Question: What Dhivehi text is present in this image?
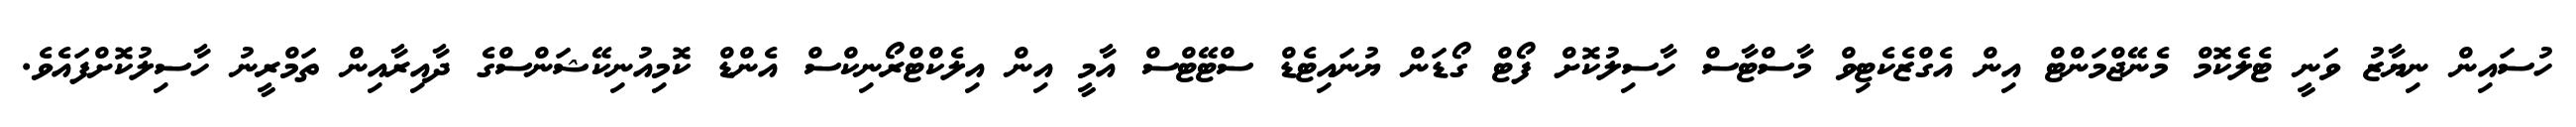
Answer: ހުސައިން ނިޔާޒު ވަނީ ޓެލެކޮމް މެނޭޖްމަންޓް އިން އެގްޒެކެޓިވް މާސްޓާސް ހާސިލުކޮށް ފޯޓް ގޯޑަން ޔުނައިޓެޑް ސްޓޭޓްސް އާމީ އިން އިލެކްޓްރޯނިކްސް އެންޑް ކޮމިއުނިކޭޝަންސްގެ ދާއިރާއިން ތަމްރީނު ހާސިލުކޮށްފައެވެ.